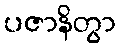
ပဇာနိတွာ